Leningradi_Edasi_toimetus, lk 75
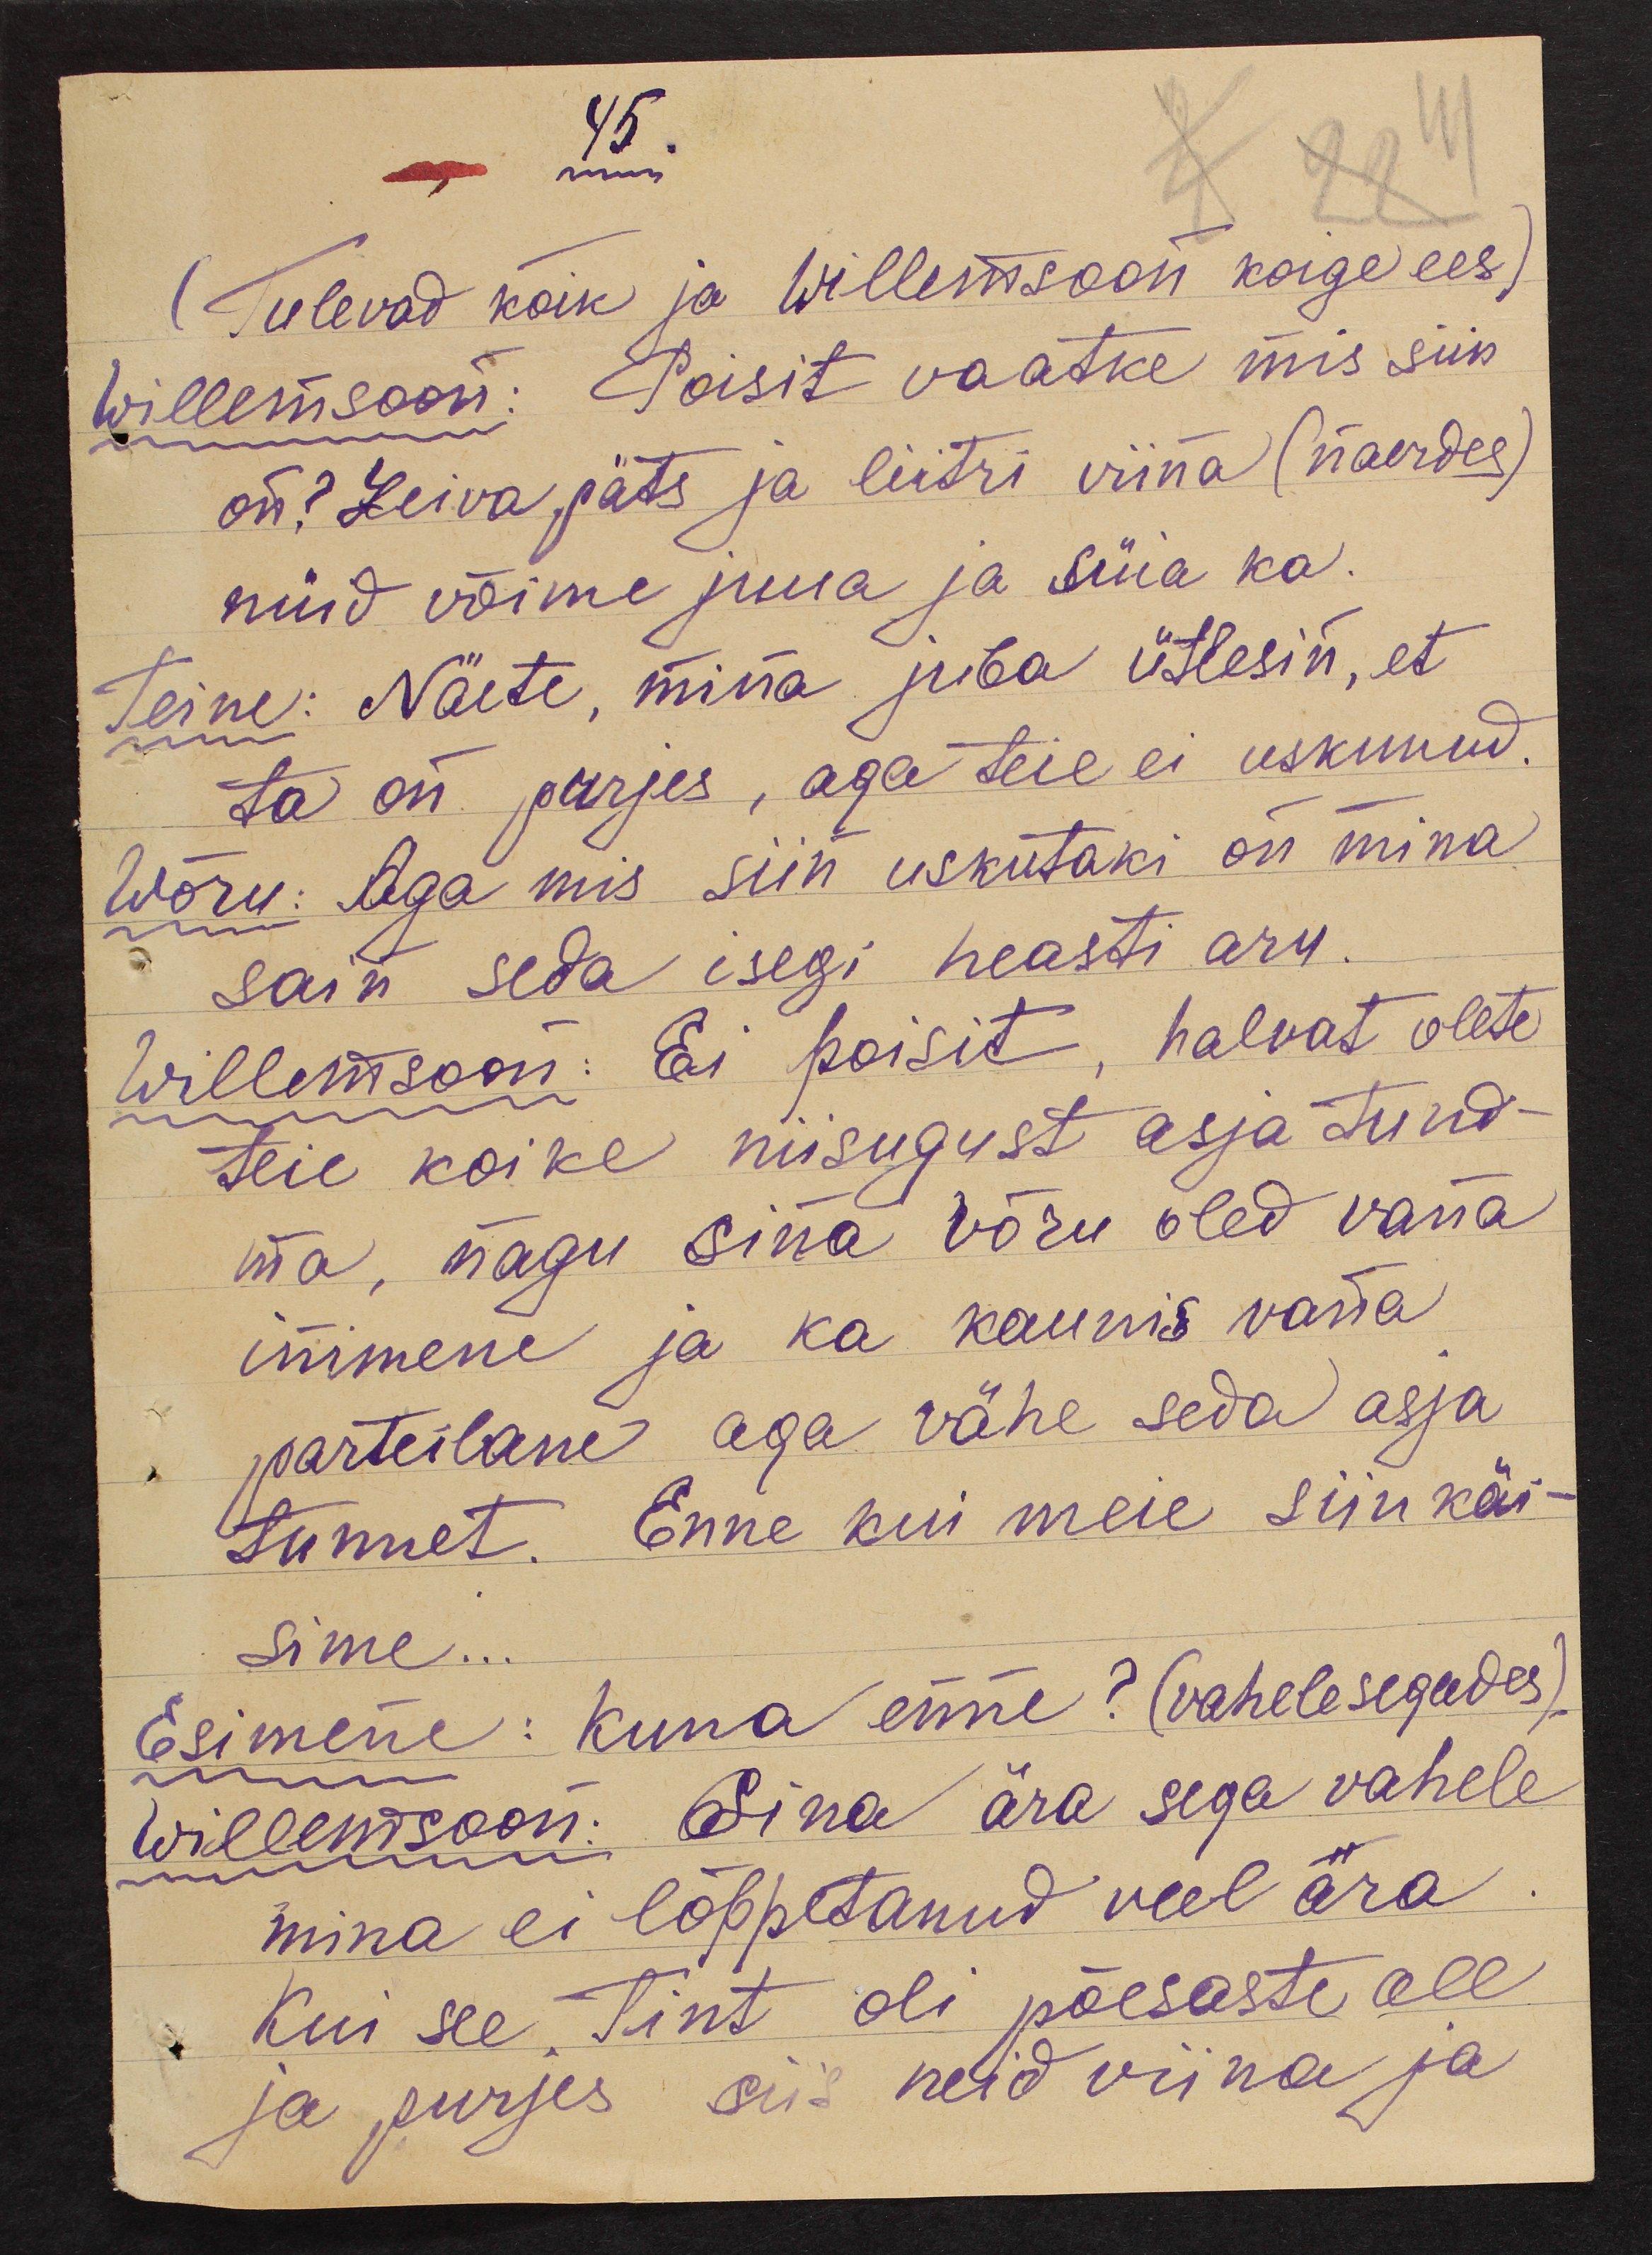
45.
(Tulevad kõik ja Willemsoon koige ees)
Willemsoon: Poisit vaatke mis siin
on? Leiva päts ja liitri viina (naerdes)
nüid võime juua ja süia ka.
Teine: Näete, mina juba ütlesin, et
ta on purjes, aga teie ei uskunud.
Wõru: Aga mis siin uskutaki on mina
sain seda isegi heasti aru.
Willemsoon: Ei poisit, halvat olete
teie koike niisugust asja tund-
ma, nagu sina võru oled vana
inimene ja ka kaunis vana
parteilane aga vähe seda asja
tunnet. Enne kui meie siin käi-
sime...
Esimene: Kuna enne? (vahelesegades).
Willemsoon: Sina ära sega vahele
mina ei lõppetanud veel ära.
Kui see Tint oli põesaste all
ja purjes siis neid viina ja